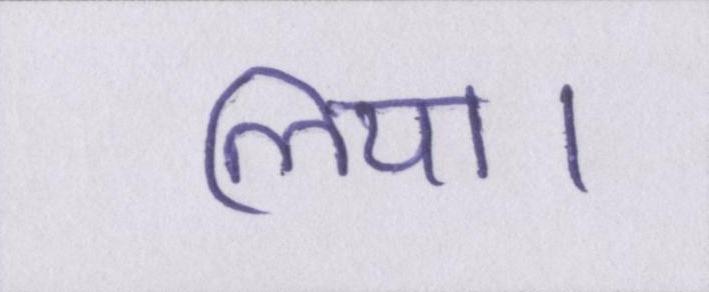
लिया।